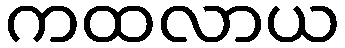
ကထလာယ